Annual administration and progress report of the Indian Medical Department, Bombay
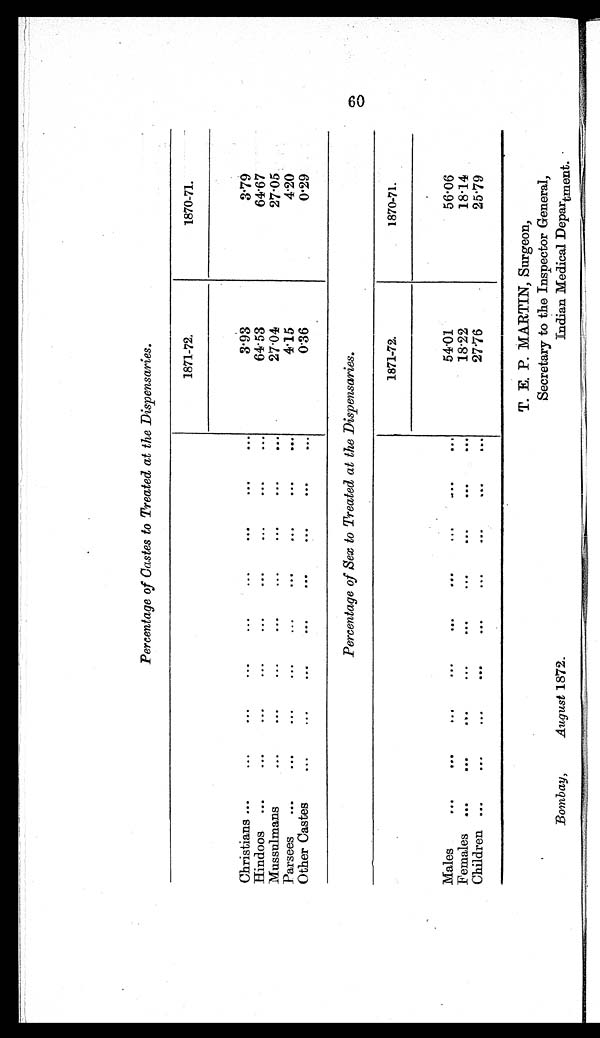
Percentage of Castes to Treated at the Dispensaries.
1871-72.
1870-71.
Christians ...
...
...
...
...
... ...
...
...
3.93
3.79
Hindoos
...
...
...
...
...
. . .
...
...
...
64.53
64.67
Mussulmans
...
...
...
...
...
. . .
. . .
. . .
27.04
27.05
Parsees
...
...
...
...
... ...
...
. . .
4.15
4.20
Other Castes
...
...
... ...
. . .
. . .
...
...
0.36
0.29
Percentage of Sex to Treated at the Dispensaries.
1871-72.
1870-71.
Males
. . .
. . .
. . .
...
. . .
. . .
...
. . .
...
54.01
56.06
Females ...
... ... ... ... ... ... ... ...
18.22
18.14
Children ...
...
. . .
. . .
...
. . .
...
...
...
27.76
25.79
60
Bombay, August 1872.
T. E. P. MARTIN, Surgeon,
Secretary to the Inspector General,
Indian Medical Department.